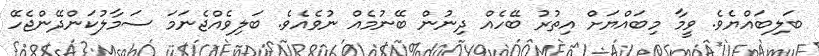
ބަލިބައްޔެވެ. ވީމާ މިބައްޔަށް އިތުރު ބޭހެއް ދިނުން ބޭނުމެއް ނުވެއެވެ. ބަލިވެއްޖެނަމަ ސަމާލުކަންދޭންޖެހޭ